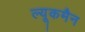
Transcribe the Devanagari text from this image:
ल्यूकमैन